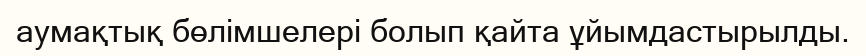
аумақтық бөлімшелері болып қайта ұйымдастырылды.